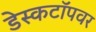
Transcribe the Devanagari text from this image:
डेस्कटॉपवर